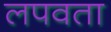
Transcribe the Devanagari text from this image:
लपवता